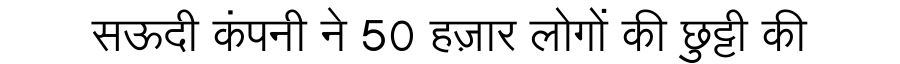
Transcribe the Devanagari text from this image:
सऊदी कंपनी ने 50 हज़ार लोगों की छुट्टी की